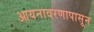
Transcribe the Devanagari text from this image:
आयनावरणापासून